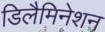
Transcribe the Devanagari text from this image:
डिलैमिनेशन